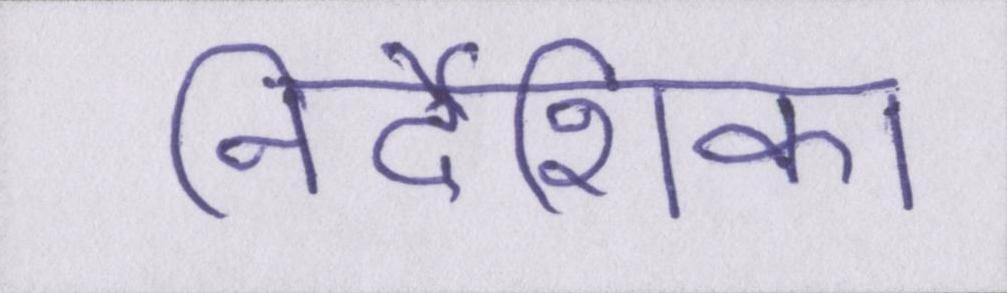
निर्देशिका